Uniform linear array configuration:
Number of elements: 48
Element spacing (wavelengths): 1
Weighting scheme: hamming
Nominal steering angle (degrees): -30
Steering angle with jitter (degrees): -28.462
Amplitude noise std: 0.05
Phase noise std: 0.05

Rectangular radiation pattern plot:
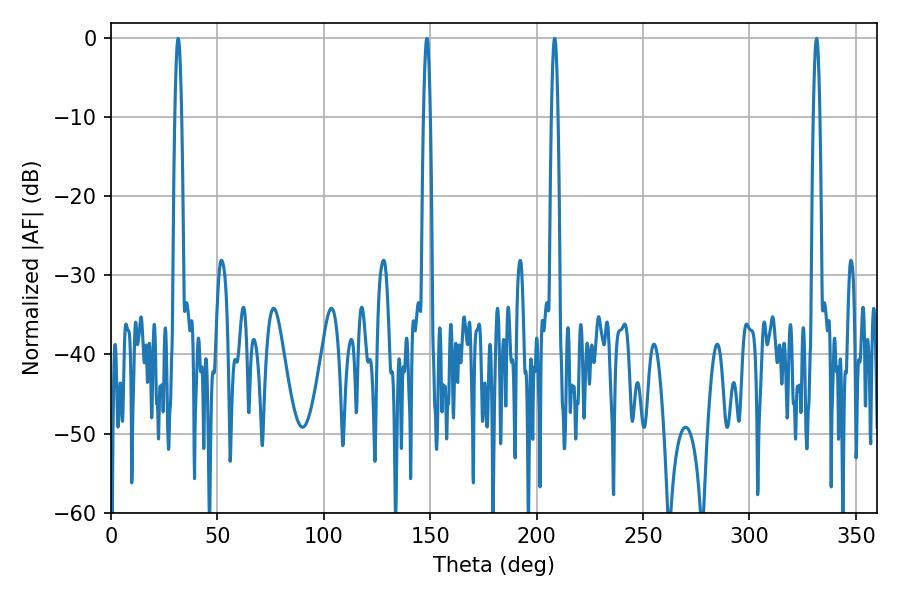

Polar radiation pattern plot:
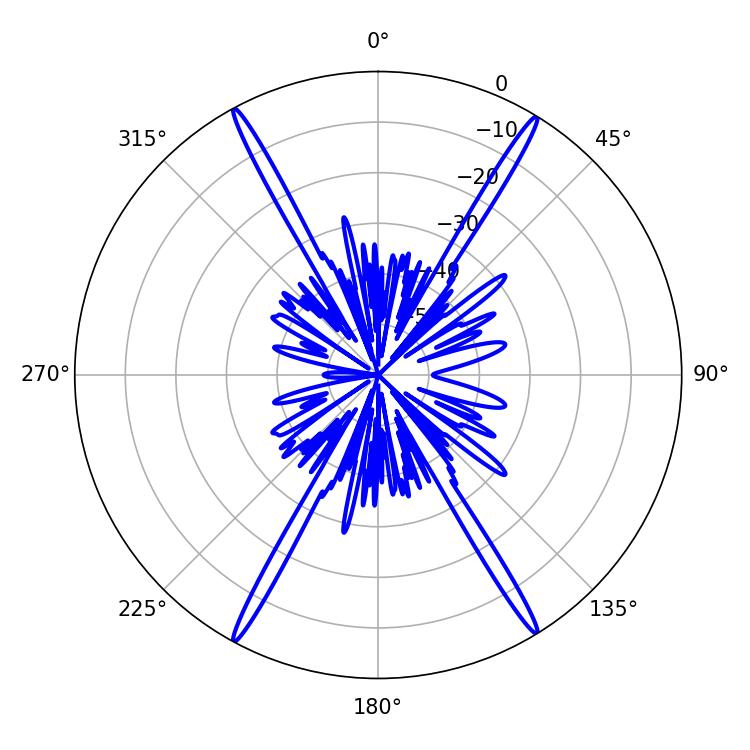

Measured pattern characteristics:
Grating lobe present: TRUE
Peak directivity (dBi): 26.626
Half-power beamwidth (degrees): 1.62
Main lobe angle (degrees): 208.44